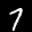
Label: 7